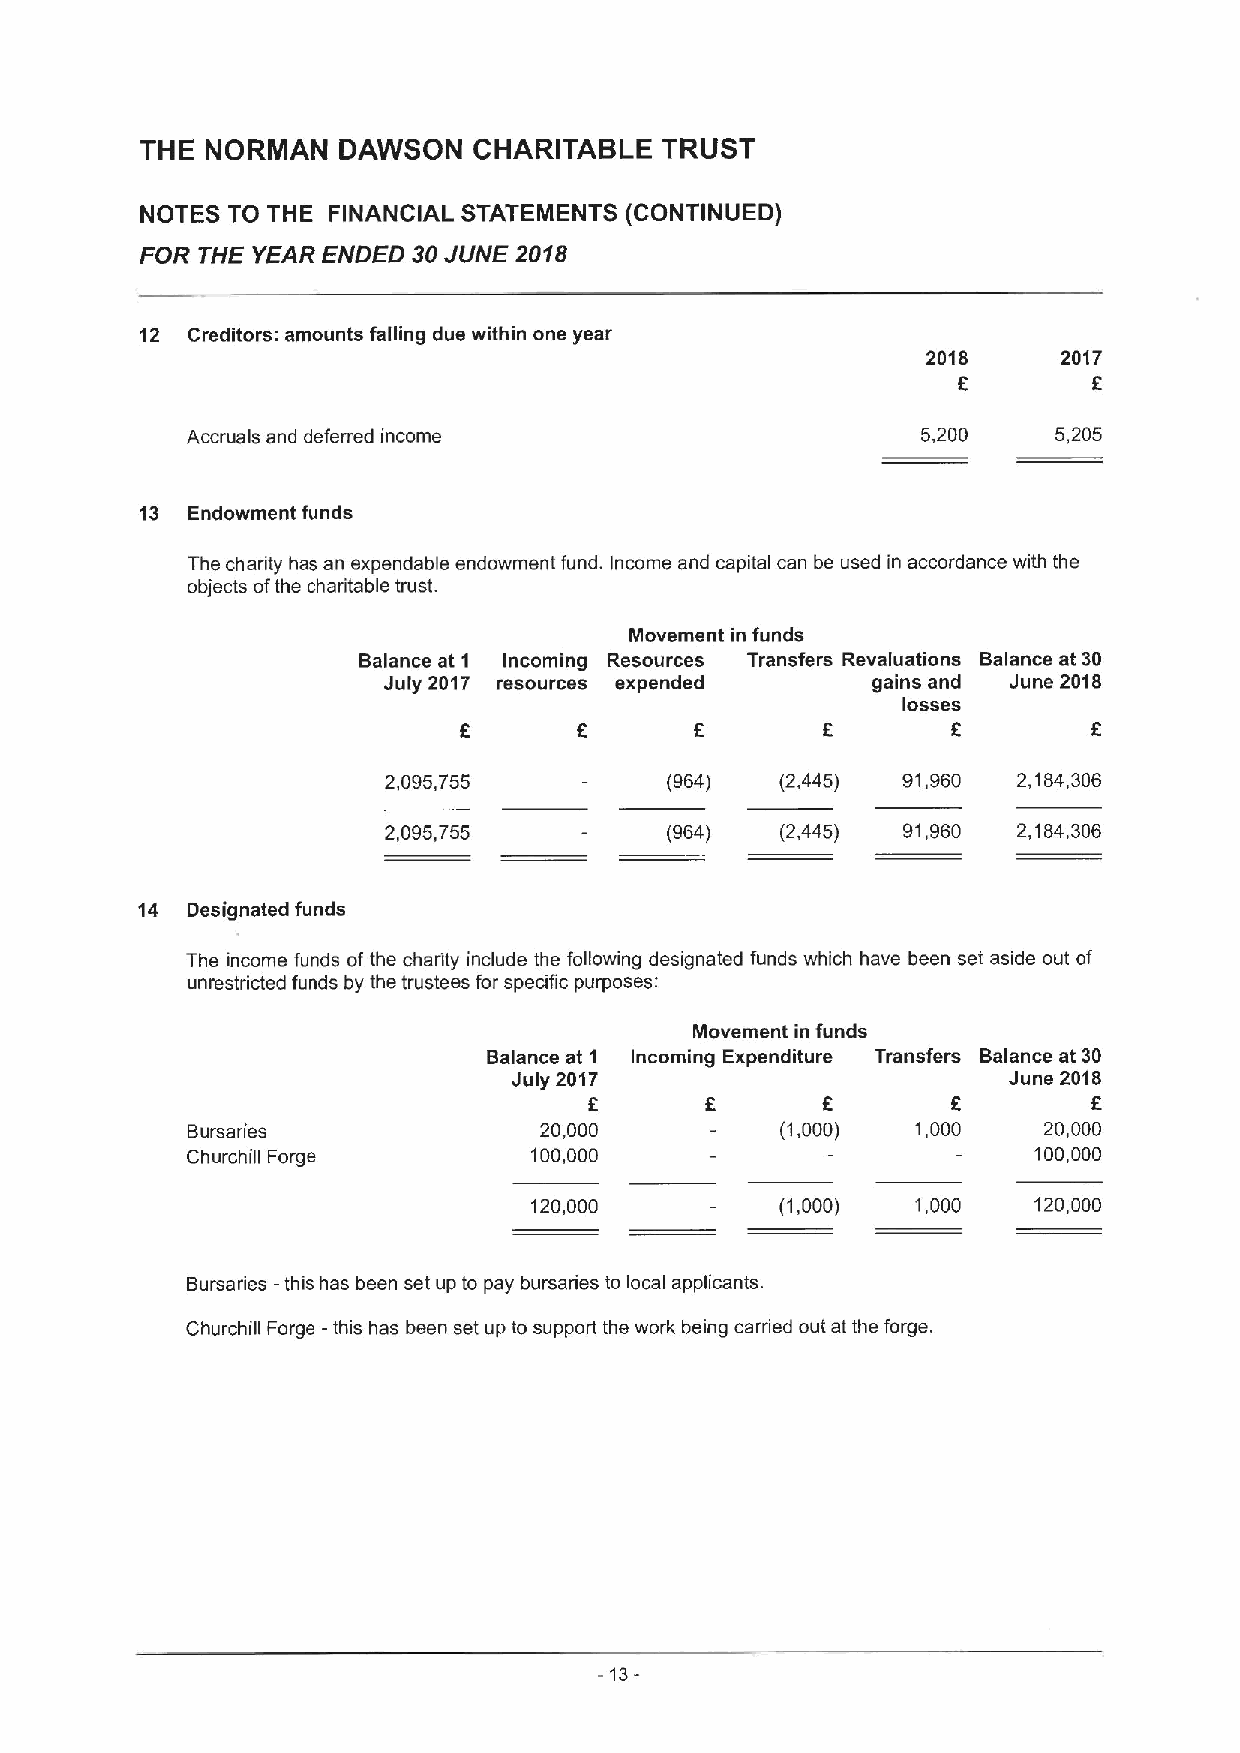
THE  NORMAN  DAWSON   CHARITABLE   TRUST
 NOTES TO THE FINANCIAL STATEMENTS (CONTINUED)
 FOR THE YEAR ENDED 30JUNE 2018
 12 Creditors: amounts falling due within one year
 2018     2017
 f
 6
 Accruals and deferred income                     5,200    5,205
 13 Endowment funds
 The charity has an expendable endowment fund. Income and capital can be used in accordance with the
 objects ofthe charitable trust.
 Movement in funds
 Balance at 1 Incoming Resources Transfers Revaluations Balance at 30
 July 2017 resources expended     gains and June 2018
 losses
 6        6        F
 2,095,755          (964)   (2,445) 91,960 2,184,306
 2,095,755          (964)   (2,445) 91,960 2,164,306
 14 Designated funds
 The income funds of the charity include the following designated funds which have been set aside out of
 unrestricted funds by the trustees for specific purposes:
 Movement in funds
 Balance at 1 Incoming Expenditure Transfers Balance at 30
 July 2017                        June 2018
 6       F      6        6        6
 Bursaries               20,000          (1,000)  1,000   20,000
 Churchill Forge        100,000                          100,000
 120,000          (1,000)  1,000  120,000
 Bursaries —this has been set up to pay bursaries to local applicants.
 Churchill Forge —this has been set up to support the work being carried out at the forge.
 -13-